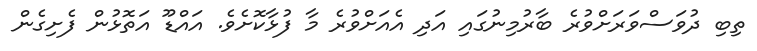
ތިބި ދުވަސްވަރަށްވުރެ ބާރުމިނުގައި އަދި އެއަށްވުރެ މާ ފުޅާކޮށެވެ. އައްޑޫ އަތޮޅުން ފެށިގެން